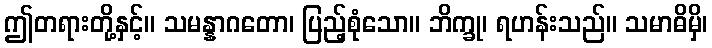
ဤတရားတို့နှင့်။ သမန္နာဂတော၊ ပြည့်စုံသော။ ဘိက္ခု၊ ရဟန်းသည်။ သမာဓိမှိ၊